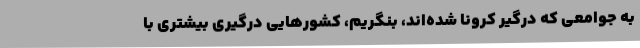
به جوامعی که درگیر کرونا شده‌اند، بنگریم، کشورهایی درگیری بیشتری با